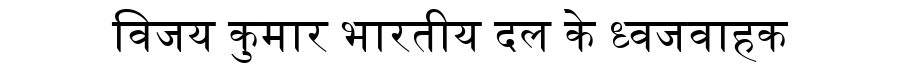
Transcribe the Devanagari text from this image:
विजय कुमार भारतीय दल के ध्वजवाहक